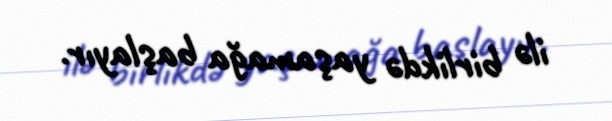
ilə birlikdə yaşamağa başlayır.